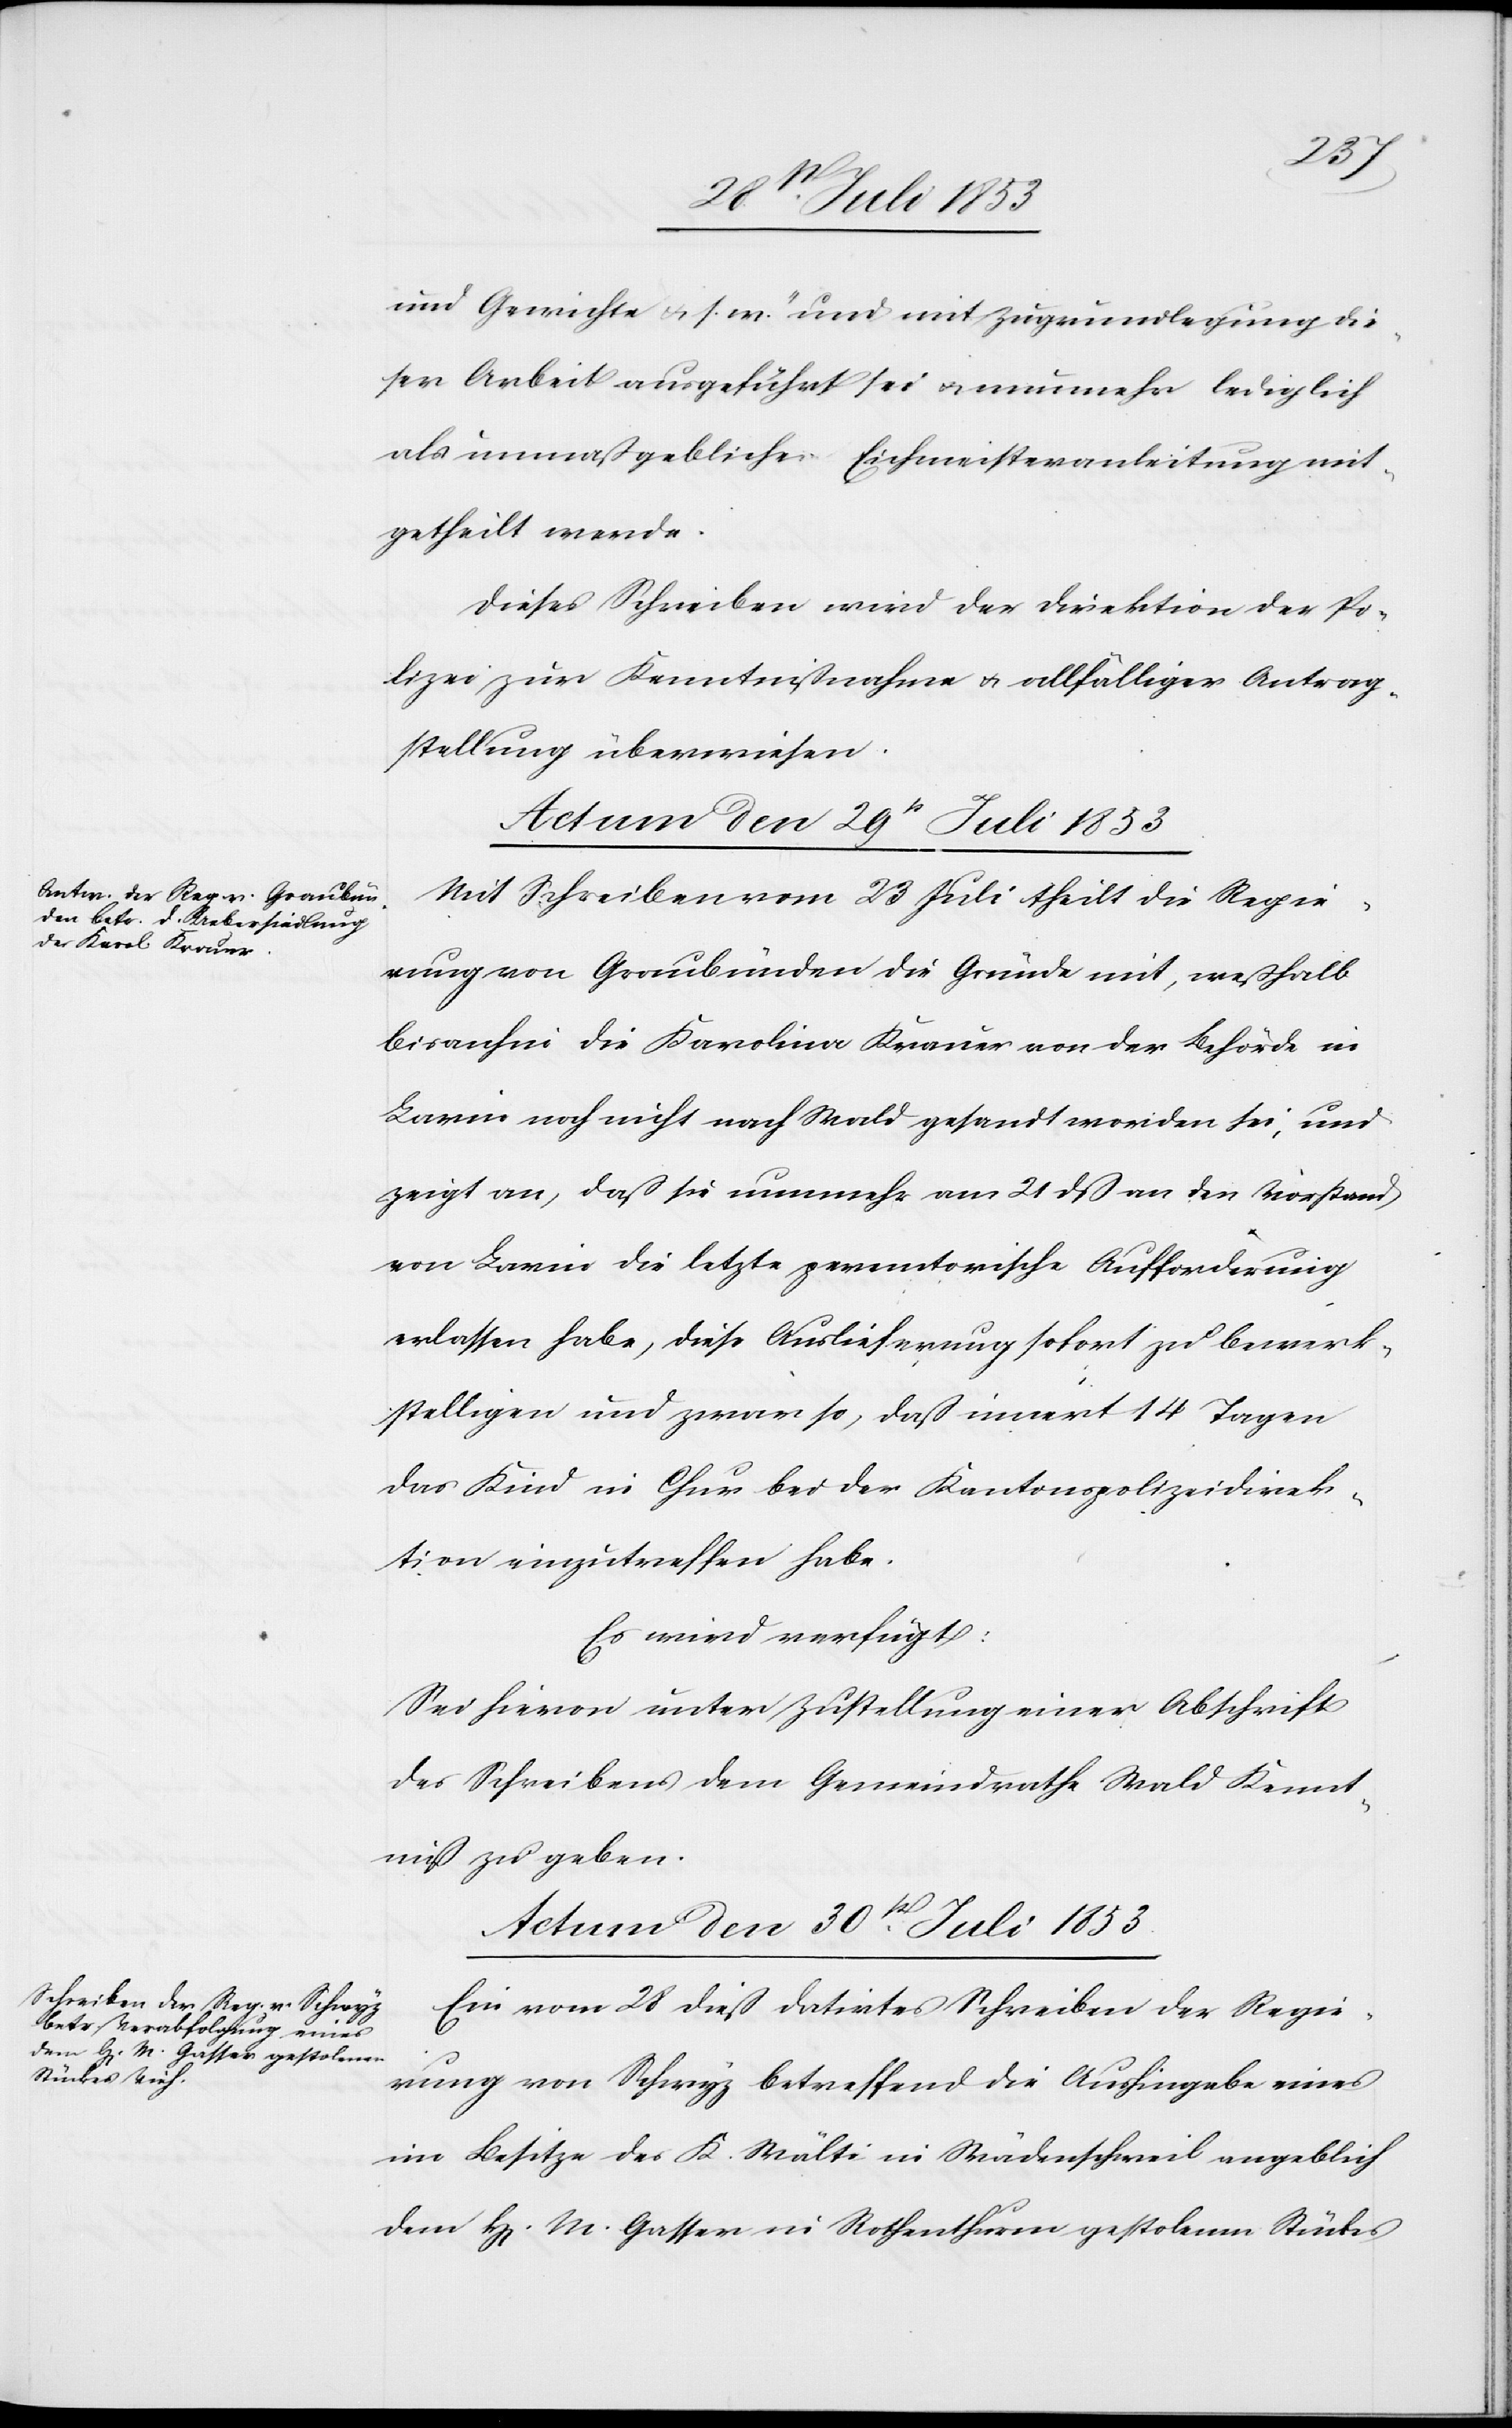
und Gewichte u. s. w. und mit Zugrundelegung die¬
ser Arbeit ausgeführt sei u. nunmehr lediglich
als unmaßgebliche Eichmeisteranleitung mit¬
getheilt werde.
Dieses Schreiben wird der Direktion der Po¬
lizei zur Kenntnißnahme u. allfälliger Antrag¬
stellung überwiesen.
Actum den 29t Juli 1853.
Mit Schreiben vom 23 Juli theilt die Regie¬
rung von Graubünden die Gründe mit, weßhalb
bisanhin die Karolina Krauer von der Behörde in
Larin noch nicht nach Wald gesandt worden sei, und
zeigt an, daß sie nunmehr am 21 dß an den Vorstand
von Larin die letzte permetorische [sic!] Aufforderung
erlassen habe, diese Auslieferung sofort zu bewerk¬
stelligen und zwar so, daß innert 14 Tagen
das Kind in Chur bei der Kantonspolizeidirek¬
tion einzutreffen habe.
Es wird vefügt:
Sei hievon unter Zustellung einer Abschrift
des Schreibens dem Gemeindrathe Wald Kennt¬
niß zu geben.
Actum den 30t[en] Juli 1853.
Ein vom 28 dieß datirtes Schreiben der Regie¬
rung von Schwyz betreffend die Aushingabe eines
im Besitze des K. Wälti in Wädenschweil angeblich
dem H[errn] M. Gasser in Rothenturm gestolenen Stücks